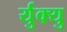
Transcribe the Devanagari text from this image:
र्युक्यु